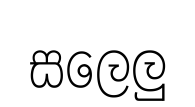
සලෙලු